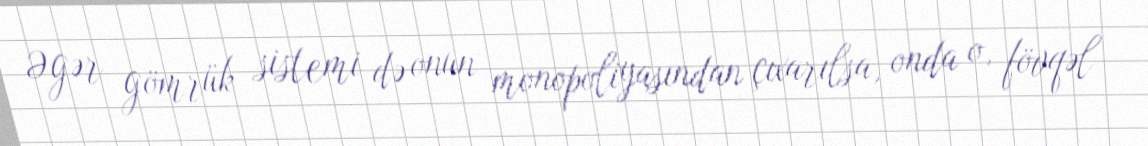
Əgər gömrük sistemi də onun monopoliyasından çıxarılsa, onda o, fövqəl